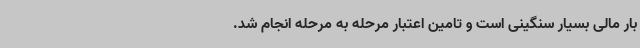
بار مالی بسیار سنگینی است و تامین اعتبار مرحله به مرحله انجام شد.